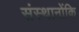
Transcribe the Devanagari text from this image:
संस्थानोंकि